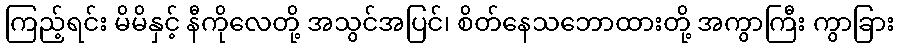
ကြည့်ရင်း မိမိနှင့် နီကိုလေတို့ အသွင်အပြင်၊ စိတ်နေသဘောထားတို့ အကွာကြီး ကွာခြား